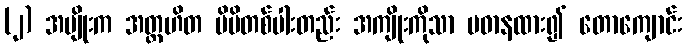
(၂) အမျိုးက အတ္တဟိတ မိမိတစ်ပါးတည်း အကျိုးကိုသာ ပဓာနထား၍ တောကျောင်း